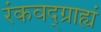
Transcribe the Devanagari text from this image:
रंकवद्ग्राह्यं